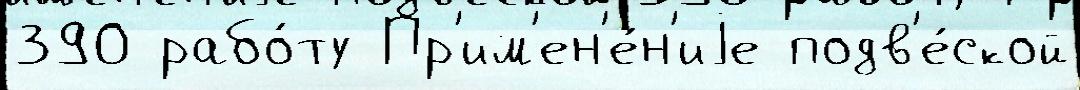
390 рабо́ту Пр'им'ен'е́н'иjе подв'е́ской